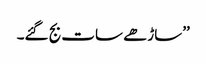
’’ساڑھے سات بج گئے۔